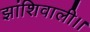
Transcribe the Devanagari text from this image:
झांशिवाली।।